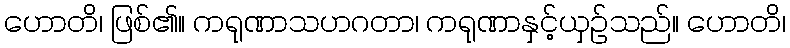
ဟောတိ၊ ဖြစ်၏။ ကရုဏာသဟဂတာ၊ ကရုဏာနှင့်ယှဉ်သည်။ ဟောတိ၊